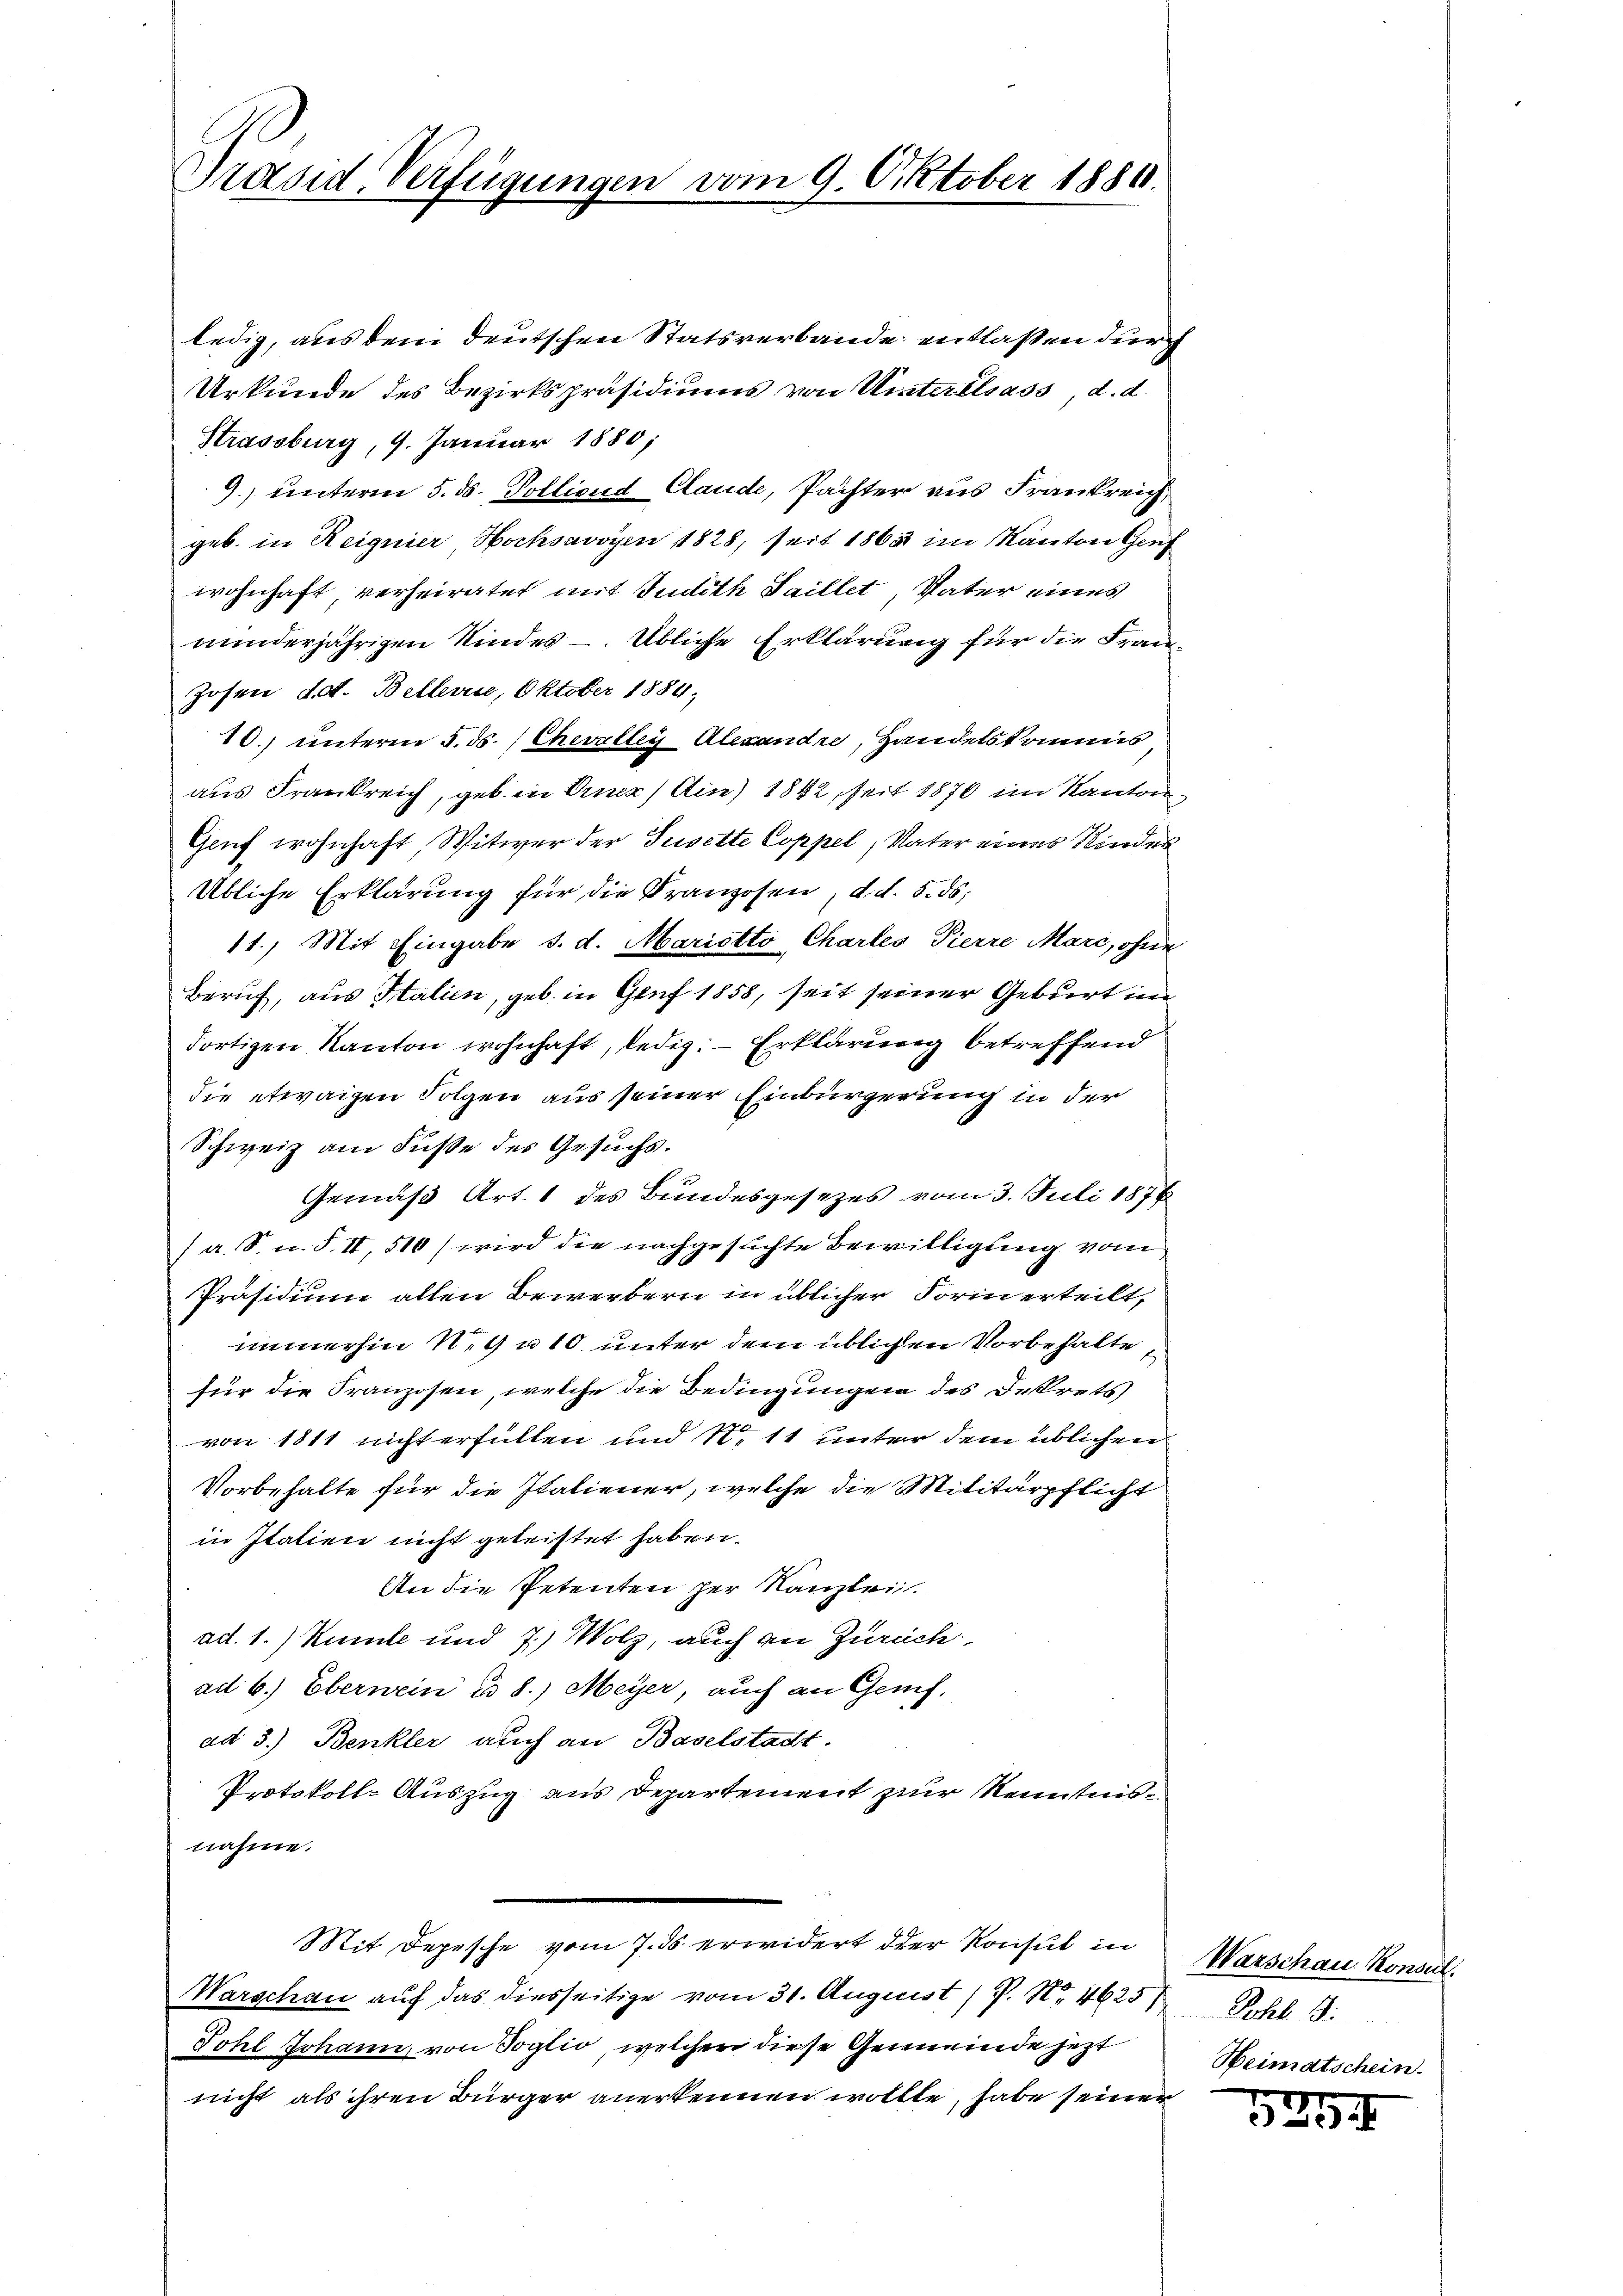
Präsid. Verfügungen

vom 9. Oktober 1880.

ledig, aus den deutschen Statsverbande entlaßen durch
Urkunde des Bezirkspräsidiums von Winterelsass, d. d.
Strassburg, 9. Januar 1880;
9.) unterm 5. ds. Pollioud Claude, Pächter aus Frankreich
geb. in Reignier Hochsavoyen 1828, seit 1865 im Kanton Genf
wohnhaft, verheiratet mit Judith Saillet, Vater eines
minderjährigen Kindes – Übliche Erklärung für die Fran¬
Josen, dat. Bellerie, Oktober 1884;
10.) unterm 5. ds. (Chevalley Alexandre, Handelskommis
aus Frankreich, geb. in Einer Ain) 1842 seit 1876 im Kanton,
Geuf wohnhaft, Witwer der Jusette Coppel, Vater eines Kinder
Übliche Erklärung für die Kranzosen, d. d. 5. ds.
11.) Mit Eingabe s. d. Mariotto Charles Pierre Marc, ohne
Beruf, aus Italien, geb. in Genf 1858, seit seiner Geburt im
dortigen Kanton wohnhaft, ledig. — Erklärung betreffend
die etwaigen Folgen aus seiner Einbürgerung in der
Schweiz am Fuße des Gesuchs.
g
Gemäß Art. 1 des Bundesgesezes vom 3. Juli 1876
/a. S. n. F. II, 510) wird die nachgesuchte Bewilligung vom
Präsidium allen Bewerbern in üblicher Form erteilt,
immerhin N. u 10. unter dem üblichen Vorbehalte
für die Franzosen, welche die Bedingungen des Dekrets
von 1811 nicht erfüllen und N. 11 unter dem üblichen
Vorbehalte für die Italiener, welche die Militärpflicht
in Italien nicht geleistet haben.
An die Petenten der Kanzlei.
ad. 1.) Kumte und 7.) Wolz, auch an Zurück
ad b.) Ebernein § 8.) Meyer, auch an Genf,
ad 3.) Benkler auch an Baselstadt.
Protokoll-Auszug aus Departement zur Kenntnisnahme.
Mit Depesche vom 7. ds. erwidert der Konsul in
Warschau auf das diesseitige vom 31. August / P. Nr. 4625/ Pohl. 15.
Fohl Johann, von Soglio, welcher diese Gemeinde jezt
nicht als ihren Bürger anerkennen wollte, habe seiner

Warschau Konsul
Heimatschein.

525.